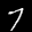
Digit: 7